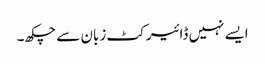
ایسے نہیں ڈائیرکٹ زبان سے چکھ۔